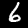
Label: 6